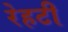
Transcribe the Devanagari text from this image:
रेहटी